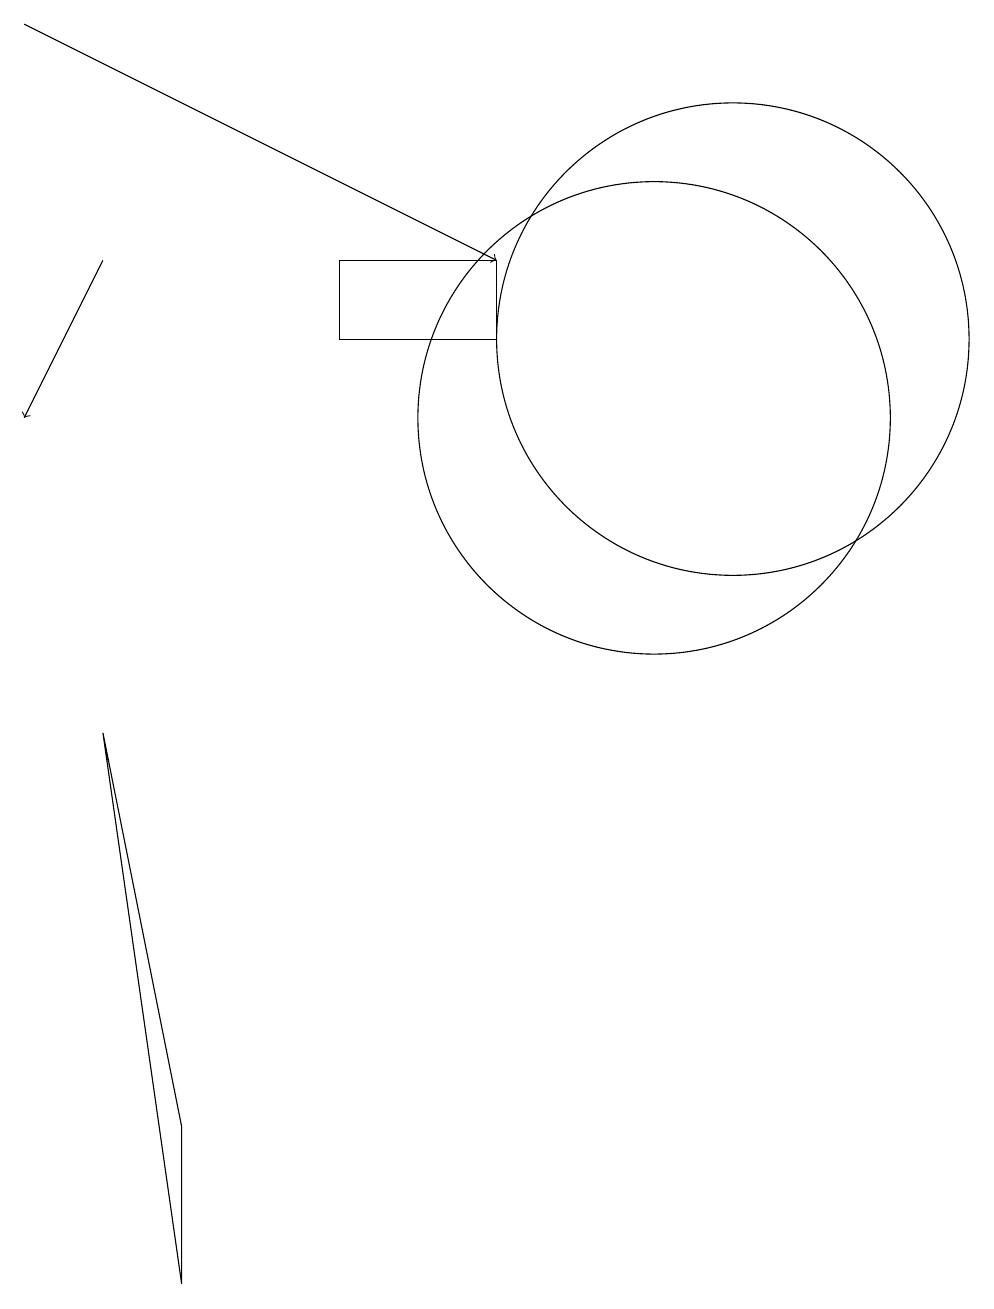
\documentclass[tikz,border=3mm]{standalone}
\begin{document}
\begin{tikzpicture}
\draw[->] (4,13) -- (3,11);
\draw (9,12) rectangle (7,13);
\draw[->] (3,16) -- (9,13);
\draw (12,12) circle (3);
\draw (5,0) -- (4,7) -- (5,2) -- cycle;
\draw (11,11) circle (3);
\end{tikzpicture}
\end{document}